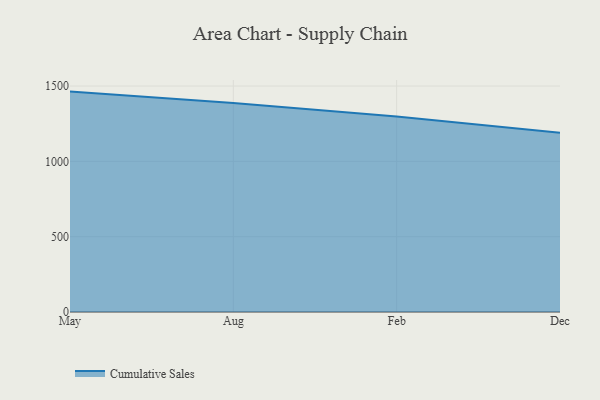
{"axis": {"x": "Month", "y": "Backlog"}, "legend": ["Cumulative Sales"], "data": [{"x": "May", "y": 1463.1, "type": "Cumulative Sales"}, {"x": "Aug", "y": 1387.3, "type": "Cumulative Sales"}, {"x": "Feb", "y": 1297.3, "type": "Cumulative Sales"}, {"x": "Dec", "y": 1190.4, "type": "Cumulative Sales"}]}